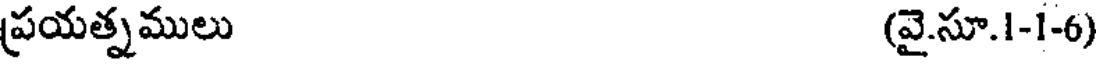
ప్రయత్నములు (వై.సూ.1-1-6)